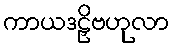
ကာယဒဠှိဗဟုလာ